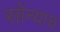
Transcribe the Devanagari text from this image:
सोन्याच